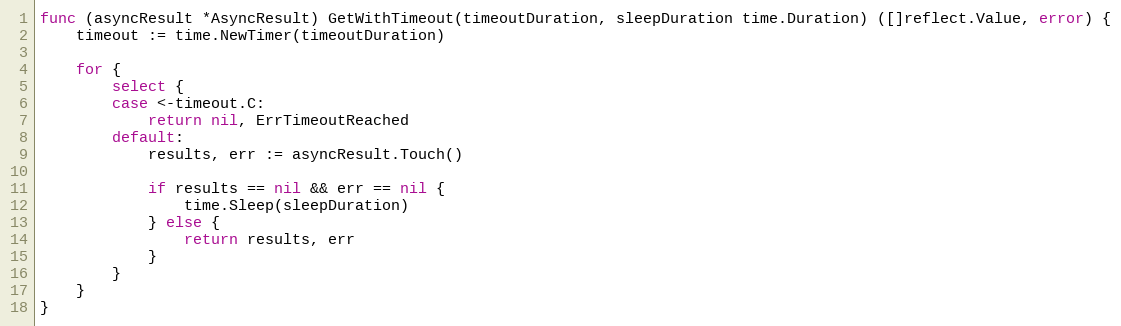
Language: Go
func (asyncResult *AsyncResult) GetWithTimeout(timeoutDuration, sleepDuration time.Duration) ([]reflect.Value, error) {
	timeout := time.NewTimer(timeoutDuration)

	for {
		select {
		case <-timeout.C:
			return nil, ErrTimeoutReached
		default:
			results, err := asyncResult.Touch()

			if results == nil && err == nil {
				time.Sleep(sleepDuration)
			} else {
				return results, err
			}
		}
	}
}